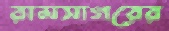
রামসাগরের